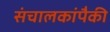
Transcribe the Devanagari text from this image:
संचालकांपैकी